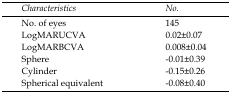
| Characteristics | No. |
 | --- | --- |
 | No. of eyes | 145 |
 | LogMARUCVA | 0.02±0.07 |
 | LogMARBCVA | 0.008±0.04 |
 | Sphere | -0.01±0.39 |
 | Cylinder | -0.15±0.26 |
 | Spherical equivalent | -0.08±0.40 |